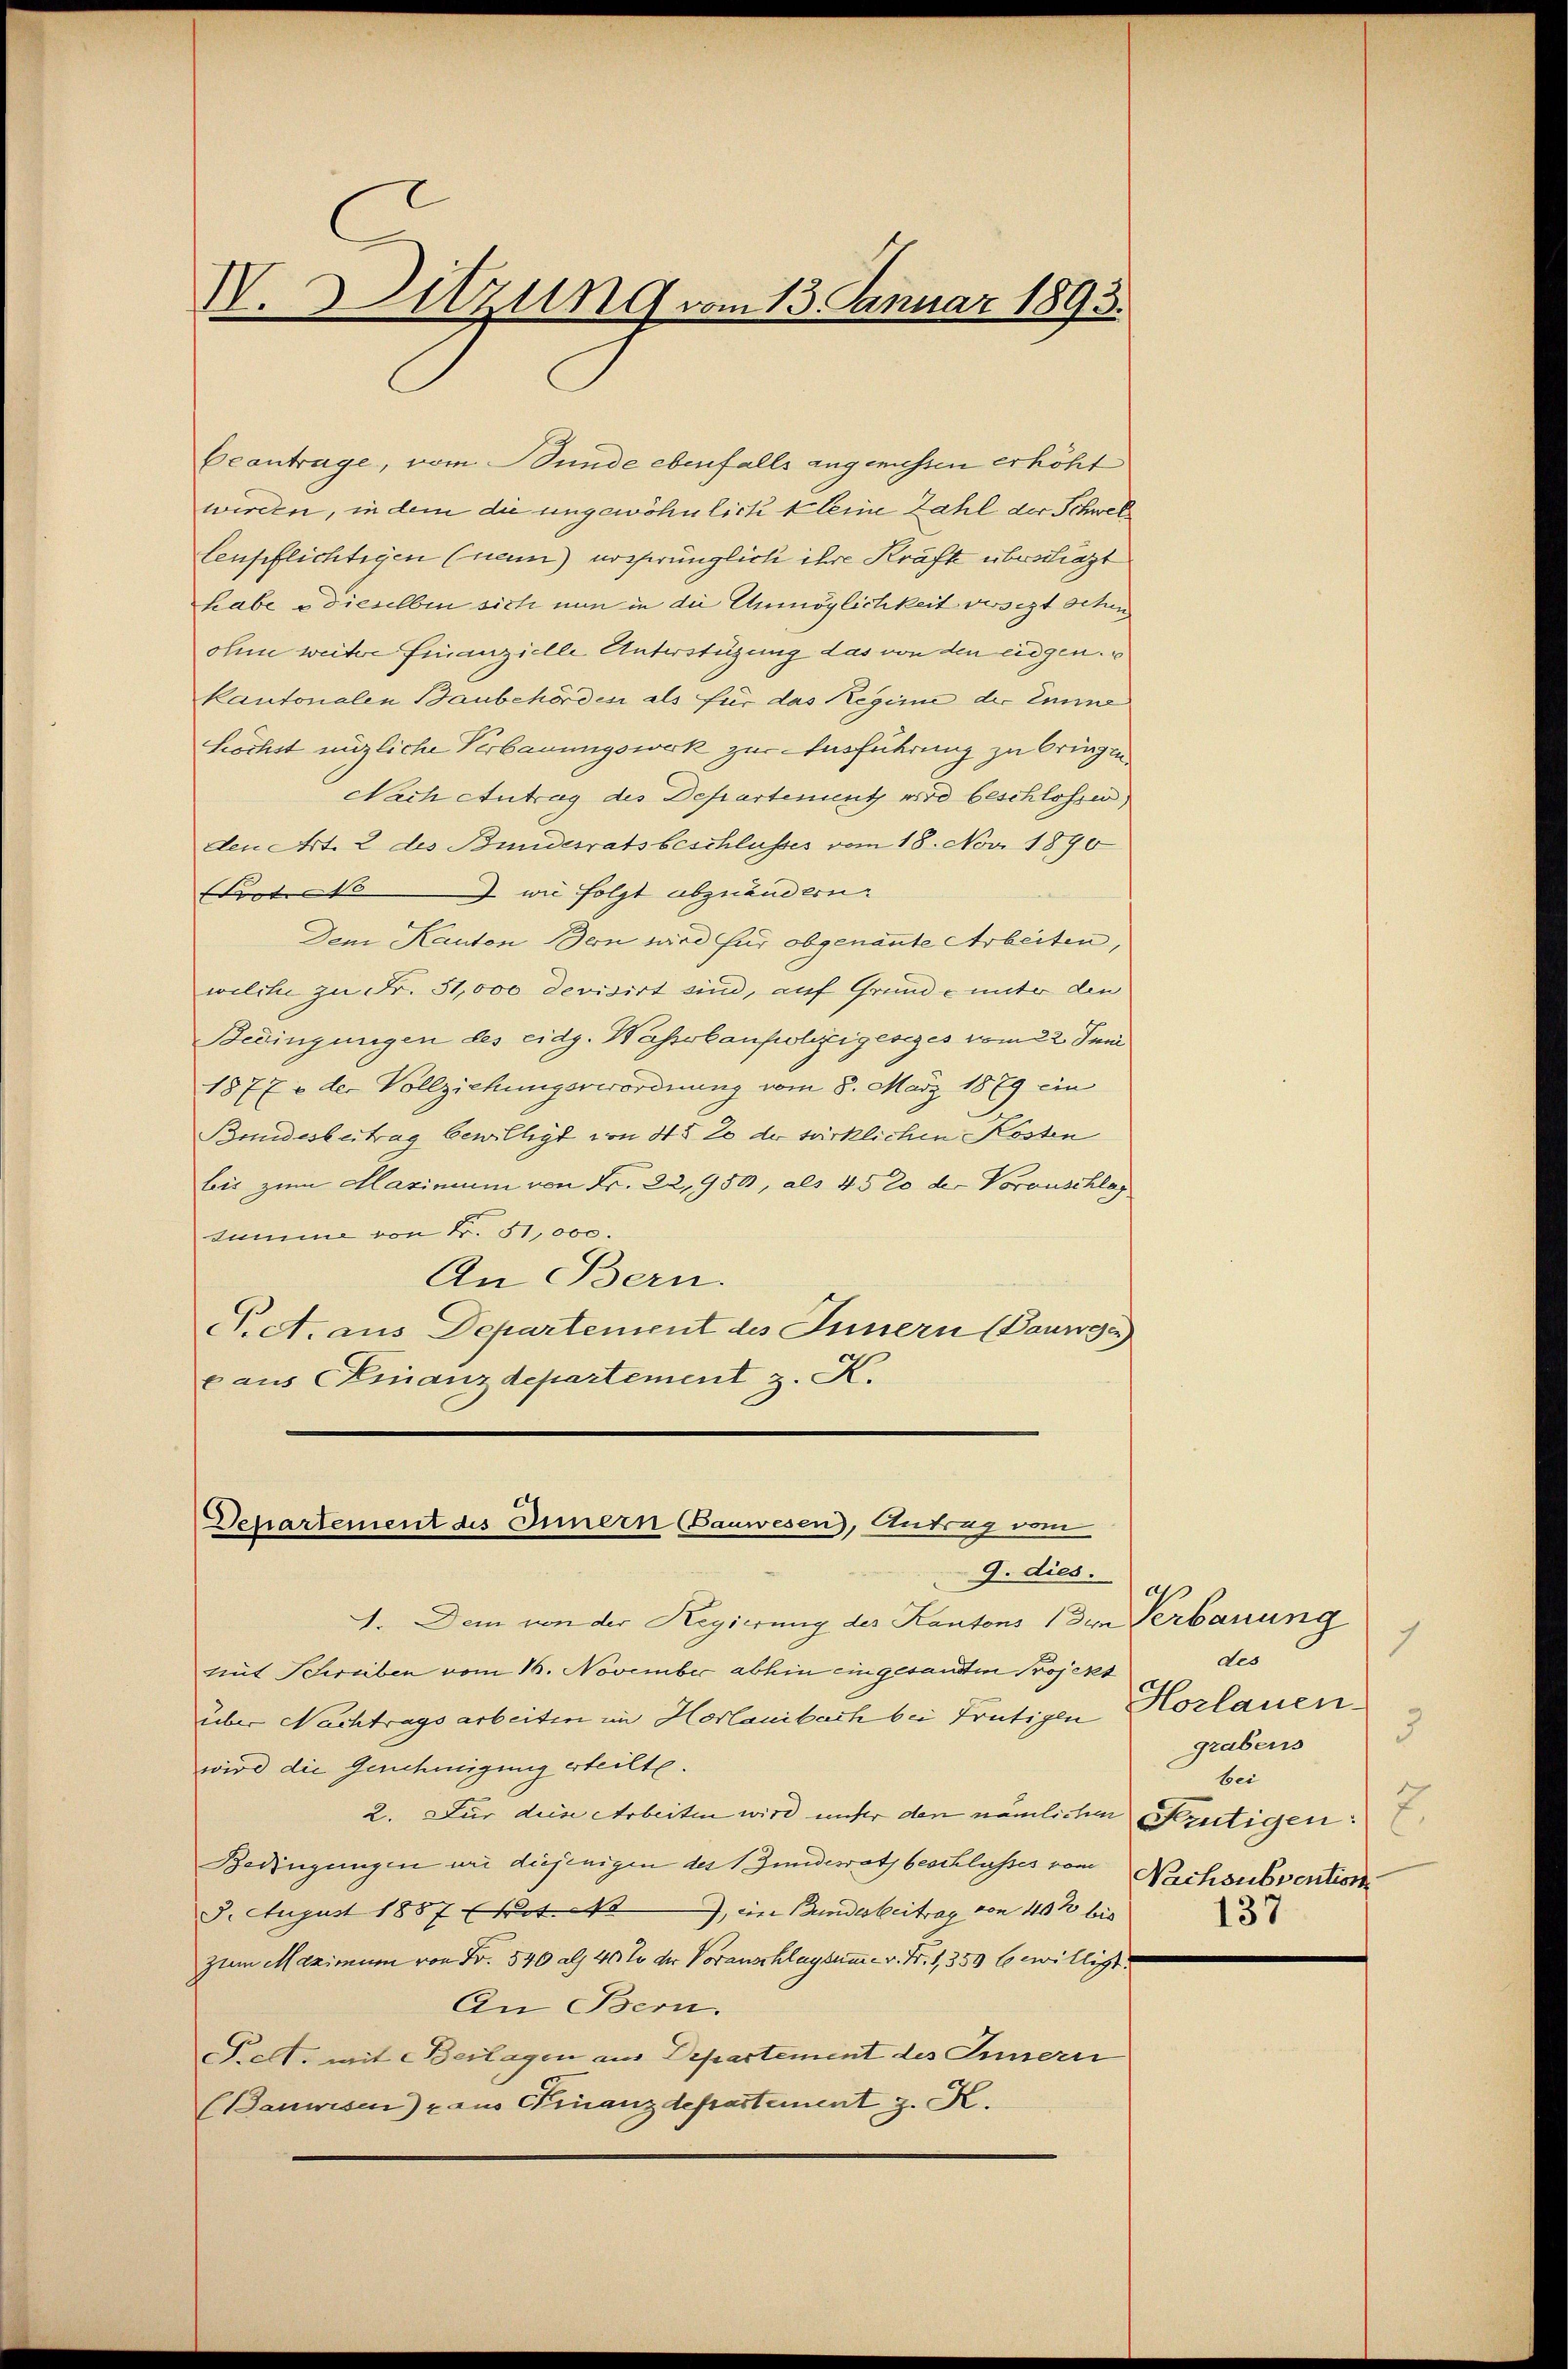
V. Sitzung vom 13. Januar 1893.

Eeantrage, vom Bunde ebenfalls angenossen erhöht
werden, in dem die ungewöhnlicht leine Zahl der Schwel
lenpflichtigen (nen) ersprünglich ihre Kräfte überschieht
habe e dieselben sich nun in die Unmöglichkeit versezt schen
ohne weitere Finanzielle Unterstüzung das von den eidgen.
kantonalen Baubehörden als für das Regime der Eine
höchst nüzliche Verbauungswerk zur Ausführung zu bringen
Nach Antrag des Departement wird beschlossen,
den Art. 2 des Bundesratsbeschlusses vom 18. Nov. 1890
Sut 12 wie folgt abzuändern.
Dem Kanton Bern wird für obgenannte Arbeiten,
wilche zu Fr. 31,000 devisirt sind, auf Grunde unter den
Bedingungen des eidg. Wasserbaupolizigesezes vom 22. Juni
1877 v der Vollziehungsverordnung vom 8. März 1879 ein
Bundesbeitrag bewilligt von 45 20 der sürklichen Kosten
bis zum Maximum von Fr. 22,950, als 45 20 der Vorauschlag
tumme von Fr. 51,000.
An Bern.
T. A. aus Departement des Innern (Baumga
c aus CKinanzdepartement z. K.

Departement des Innern (Bauwesen, Antrag vom
G. dies.

4. Dem von der Regierung des Kantons den Verbauung
mit Schreiben vom 16. November abhin eingesandten Projekt
über Nachtragsarbeiten im Horlauibach bei Trütigen Horlauen
wird die Genehmigung erteilte.
2. Für diese Arbeiten wird unter den nämlichen Krütigen:
Bedingungen wir diejenigen des 1 Jundesrath beschlusses vom
5. August 1887 (Not. Na, ein Bundesbeitrag von 40 ½ bis
zum Maximum von Fr. 540 als 40% der Voranschlagsumme v. Fr. 1, 359 bewilligt.
An Bern.
Pett. mit Beilagen aus Departement des Innern
(Banwesen) aus Finanzdepartement z. K.

1
des
3
grabens
bei
2.
Nachsubvention
137